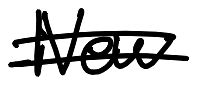
Text: New
Cross-out: double-line
Writing tool: digital_black